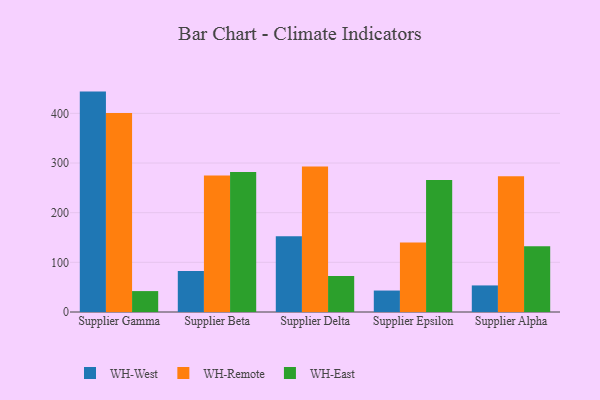
{"axis": {"x": "Supplier", "y": "Humidity (%)"}, "legend": ["WH-East", "WH-Remote", "WH-West"], "data": [{"x": "Supplier Gamma", "y": 443.8, "type": "WH-West"}, {"x": "Supplier Gamma", "y": 400.7, "type": "WH-Remote"}, {"x": "Supplier Gamma", "y": 42.1, "type": "WH-East"}, {"x": "Supplier Beta", "y": 82.5, "type": "WH-West"}, {"x": "Supplier Beta", "y": 275.0, "type": "WH-Remote"}, {"x": "Supplier Beta", "y": 281.8, "type": "WH-East"}, {"x": "Supplier Delta", "y": 152.3, "type": "WH-West"}, {"x": "Supplier Delta", "y": 292.9, "type": "WH-Remote"}, {"x": "Supplier Delta", "y": 72.6, "type": "WH-East"}, {"x": "Supplier Epsilon", "y": 43.2, "type": "WH-West"}, {"x": "Supplier Epsilon", "y": 139.7, "type": "WH-Remote"}, {"x": "Supplier Epsilon", "y": 266.0, "type": "WH-East"}, {"x": "Supplier Alpha", "y": 53.5, "type": "WH-West"}, {"x": "Supplier Alpha", "y": 273.4, "type": "WH-Remote"}, {"x": "Supplier Alpha", "y": 132.4, "type": "WH-East"}]}